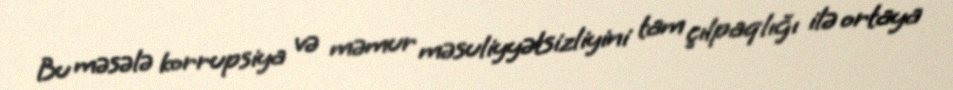
Bu məsələ korrupsiya və məmur məsuliyyətsizliyini tam çılpaqlığı ilə ortaya